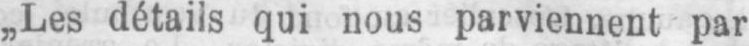
„Les détails qui nous parviennent par